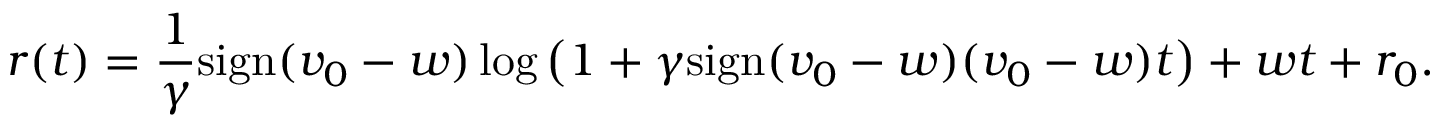
r ( t ) = \frac { 1 } { \gamma } \mathrm { s i g n } ( v _ { 0 } - w ) \log \left( 1 + \gamma \mathrm { s i g n } ( v _ { 0 } - w ) ( v _ { 0 } - w ) t \right) + w t + r _ { 0 } .